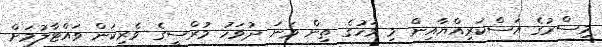
މިސްރުގެ އަސްކަރިއްޔާއިން މި މަހުގެ ތިން ވަނަ ދުވަހު މުރްސީގެ ވެރިކަން ވައްޓާލުމަށް